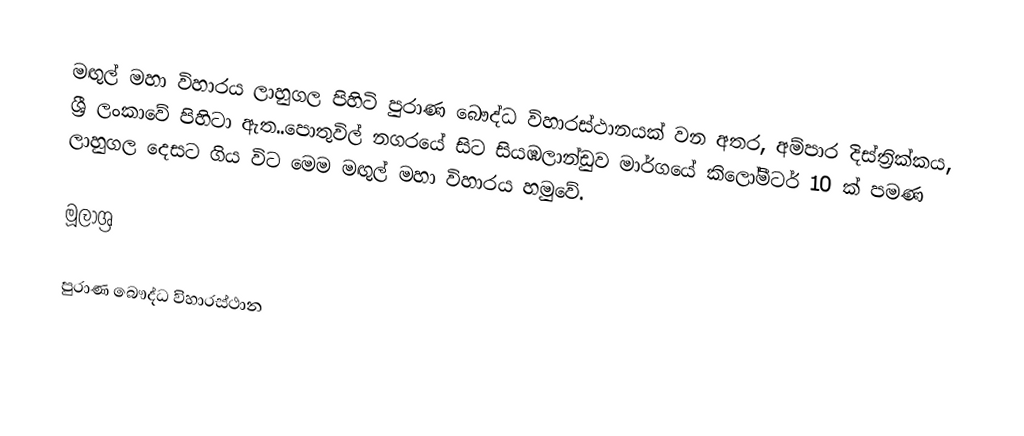
මඟුල් මහා විහාරය ලාහුගල පිහිටි පුරාණ බෞද්ධ විහාරස්ථානයක් වන අතර, අම්පාර දිස්ත්‍රික්කය, ශ්‍රී ලංකාවේ පිහිටා ඇත..පොතුවිල් නගරයේ සිට සියඹලාන්ඩුව මාර්ගයේ කිලෝමීටර් 10 ක් පමණ ලාහුගල දෙසට ගිය විට මෙම මඟුල් මහා විහාරය හමුවේ.

මූලාශ්‍ර

පුරාණ බෞද්ධ විහාරස්ථාන